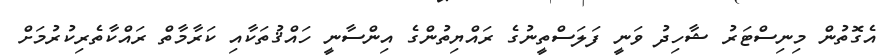
އެގޮތުން މިނިސްޓަރު ޝާހިދު ވަނީ ފަލަސްތީނުގެ ރައްޔިތުންގެ އިންސާނީ ހައްޤުތަކާއި ކަރާމާތް ރައްކާތެރިކުރުމަށް